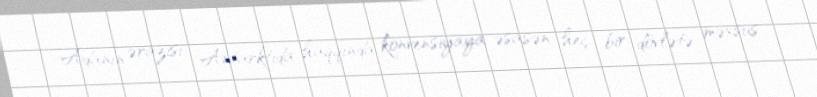
Adanın ərazisi Antarktida haqqında konvensiyaya əsasən heç bir dövlətə məxsus